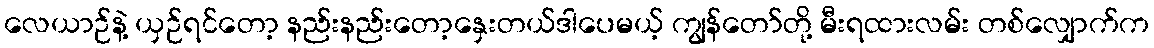
လေယာဉ်နဲ့ ယှဉ်ရင်တော့ နည်းနည်းတော့နှေးတယ်ဒါပေမယ့် ကျွန်တော်တို့ မီးရထားလမ်း တစ်လျှောက်က